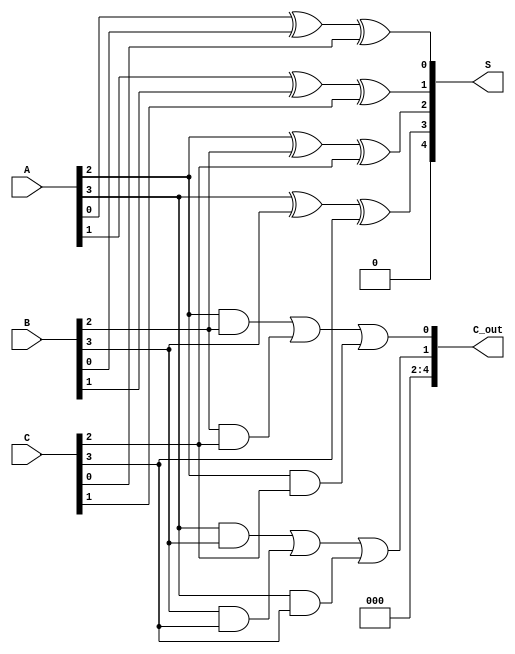
module CarrySaveAdder #(parameter n = 4) (
    input  [n-1:0] A,  // First operand
    input  [n-1:0] B,  // Second operand
    input  [n-1:0] C,  // Third operand
    output [n:0] S,    // Sum output (n bits + carry)
    output [n:0] C_out  // Carry output (n bits + carry)
);

// Internal wires for the sum and carry stages
wire [n-1:0] sum;    // Intermediate sum outputs
wire [n-1:0] carry;  // Intermediate carry outputs

// Full Adder for each bit position
genvar i;
generate
    for (i = 0; i < n; i = i + 1) begin : FA
        wire a, b, c; //Inputs for full adder
        assign a = (i < n) ? A[i] : 0;
        assign b = (i < n) ? B[i] : 0;
        assign c = (i < n) ? C[i] : 0;

        // Full Adder Logic
        assign sum[i] = a ^ b ^ c; // Sum output
        assign carry[i] = (a & b) | (b & c) | (a & c); // Carry output
    end
endgenerate

// Combine final carry into a single output
assign C_out = {carry[n-1], carry[n-2:n-2]};

// Final Sum and Carry
assign S = sum;

endmodule